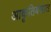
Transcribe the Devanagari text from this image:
आकृतिबंधात